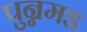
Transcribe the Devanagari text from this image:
पुन्नमड